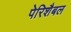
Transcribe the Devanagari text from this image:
पेरिशैबल